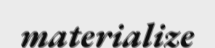
materialize